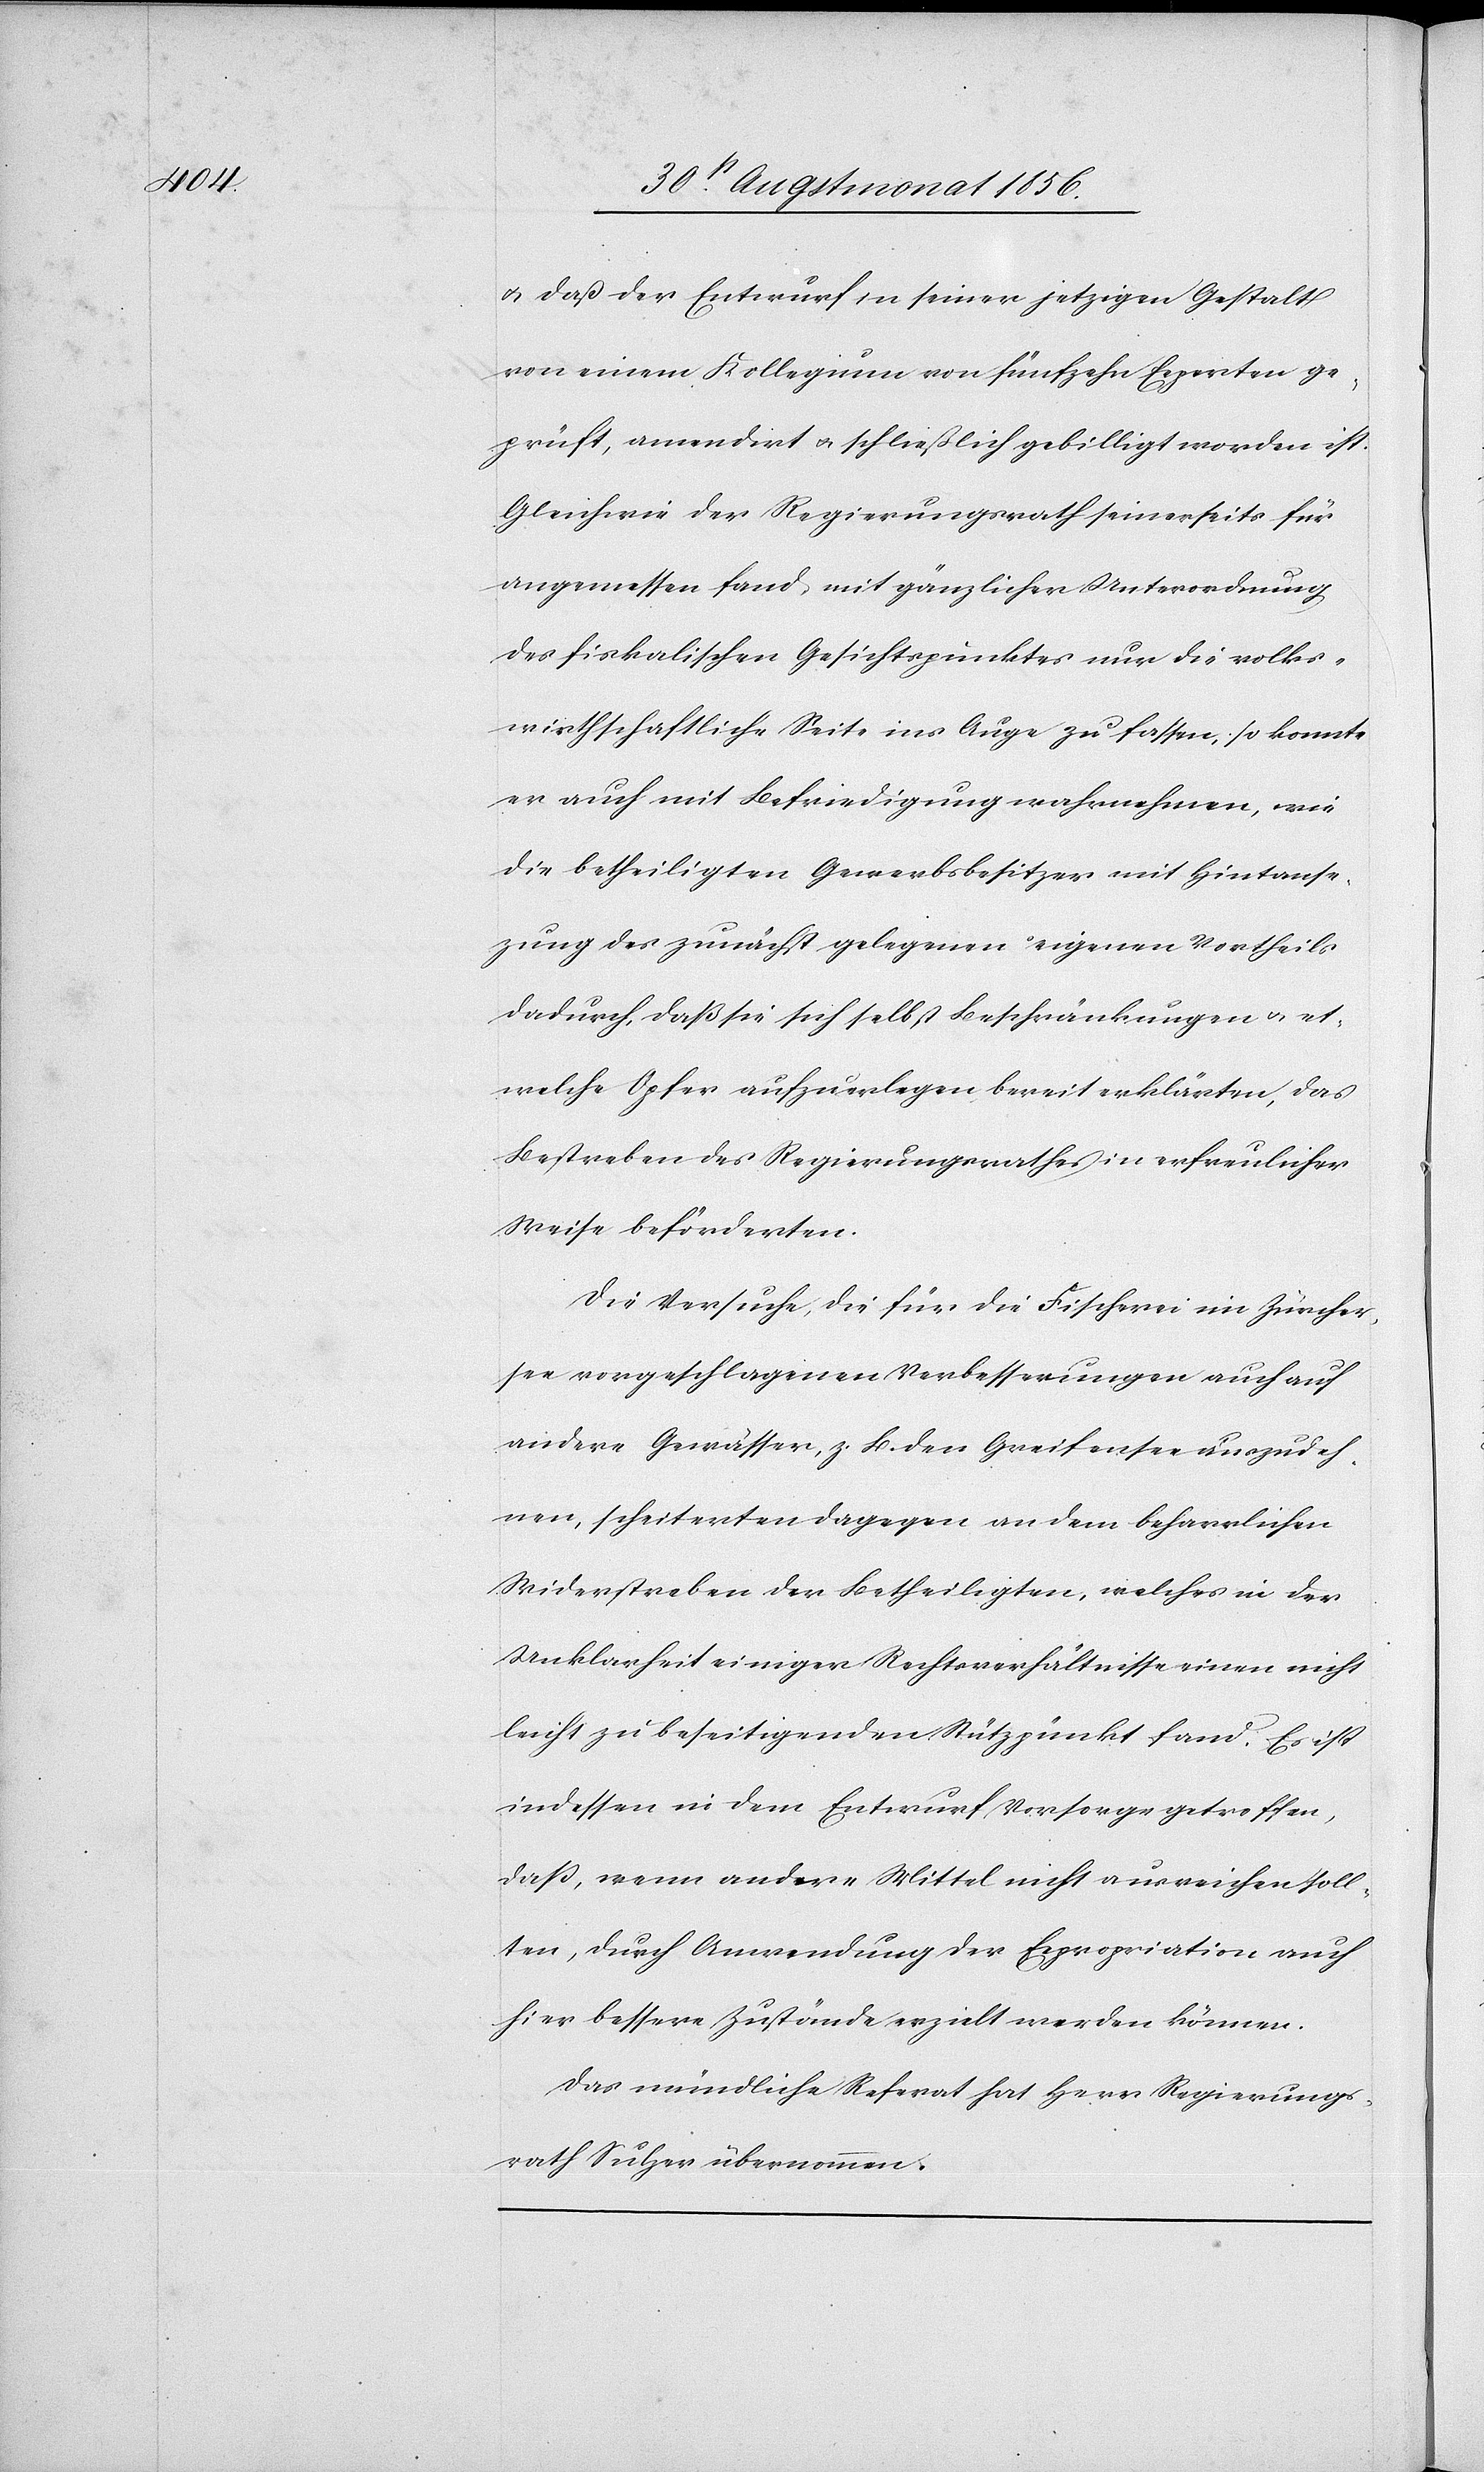
zung

u. daß der Entwurf in seiner jetzigen Gestalt
von einem Kollegium von fünfzehn Experten ge¬
prüft, amendirt u. schießlich gebilligt worden ist.
Gleichwie der Regierungsrath seinerseits für
angemessen fand, mit gänzlicher Unterordnung
des fiskalischen Gesichtspunktes nur die volks¬
wirthschaftliche Seite ins Auge zu fassen, so konnte
er auch mit Befriedigung wahrnehmen, wie
die betheiligten Gewerbsbesitzer mit Hintanse¬
dadurch, daß sie sich selbst Beschränkungen u. et¬
welche Opfer aufzuerlegen bereit erklärten, das
Bestreben des Regierungsrathes in erfreulicher
Weise beförderten.
Die Versuche, die für die Fischerei im Zürcher¬
see vorgeschlagenen Verbesserungen auch auf
andere Gewässer, z. B. den Greifensee auszudeh¬
nen, scheiterten dagegen an dem beharrlichen
Widerstreben der Betheiligten, welche in der
Unklarheit einiger Rechtsverhältnisse einen nicht
leicht zu beseitigenden Stützpünkt [sic!] fand. Es ist
indessen in dem Entwurf Vorsorge getroffen,
dass, wenn andere Mittel nicht ausreichen soll¬
ten, durch Anwendung der Expropriation auch
hier bessere Zustände erzielt werden können.
Das mündliche Referat hat Herr Regierungs¬
rath Sulzer übernommen.